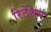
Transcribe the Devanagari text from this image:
रिटेंशन